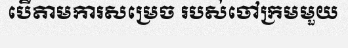
បើតាមការសម្រេច របស់ចៅក្រមមួយ